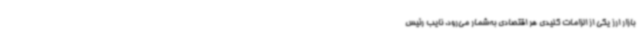
بازار ارز یکی از الزامات کلیدی هر اقتصادی به‌شمار می‌رود. نایب رئیس